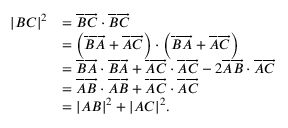
{ \begin{array} { r l } { | B C | ^ { 2 } } & { = { \overrightarrow { B C } } \cdot { \overrightarrow { B C } } } \\ & { = \left( { \overrightarrow { B A } } + { \overrightarrow { A C } } \right) \cdot \left( { \overrightarrow { B A } } + { \overrightarrow { A C } } \right) } \\ & { = { \overrightarrow { B A } } \cdot { \overrightarrow { B A } } + { \overrightarrow { A C } } \cdot { \overrightarrow { A C } } - 2 { \overrightarrow { A B } } \cdot { \overrightarrow { A C } } } \\ & { = { \overrightarrow { A B } } \cdot { \overrightarrow { A B } } + { \overrightarrow { A C } } \cdot { \overrightarrow { A C } } } \\ & { = | A B | ^ { 2 } + | A C | ^ { 2 } . } \end{array} }